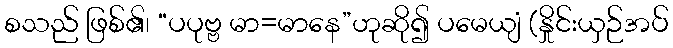
စသည် ဖြစ်၏၊ “ပပုဗ္ဗ မာ=မာနေ”ဟုဆို၍ ပမေယျံ (နှိုင်းယှဉ်အပ်